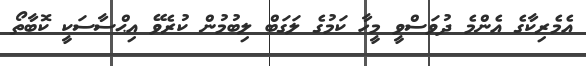
އެމެރިކާގެ އެންމެ ދުވަސްވީ މީހާ ކަމުގެ ލަގަބް ލިބުމުން ކުރެވޭ އިޙްސާސަކީ ކޮބާތޯ